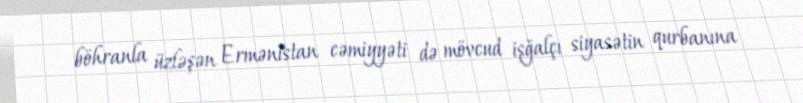
böhranla üzləşən Ermənistan cəmiyyəti də mövcud işğalçı siyasətin qurbanına